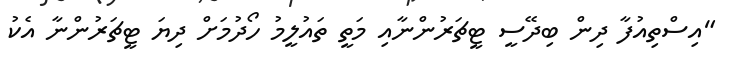
"އިސްތިއުފާ ދިން ބިދޭސީ ޓީޗަރުންނާއި މަތީ ތައުލީމު ހޯދުމަށް ދިޔަ ޓީޗަރުންނާ އެކު